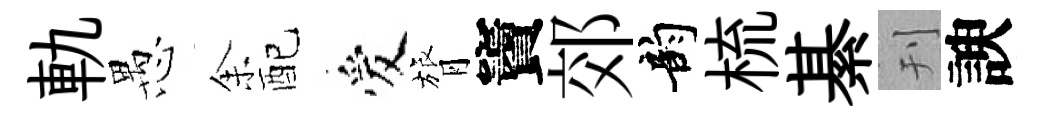
軌愚𪜬配爱膂竇郊韵梳綦刊諛